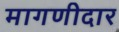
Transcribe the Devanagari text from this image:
मागणीदार